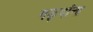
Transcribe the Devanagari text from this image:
गड्यांना